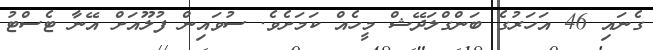
ގެނައި 46 އަހަރުގެ ބަންގްލަދޭޝް މީހެއް ކަމަށެވެ. ސުވައިން ފުލޫއަށް އޭނާ ޓެސްޓު